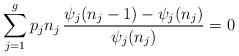
LaTeX: \begin{align*}\sum_{j=1}^g p_j n_j \, \frac{\psi_j(n_j - 1) - \psi_j(n_j)}{\psi_j(n_j)} = 0\end{align*}